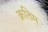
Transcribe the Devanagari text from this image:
क्रतिम